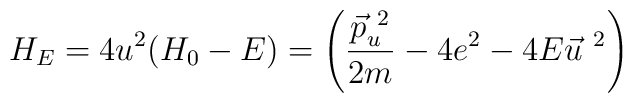
H_E  =  4u^2 (H_0  - E)   = \left(\frac{\vec{p}^{ ~2}_u}{2m}- 4e^2 -           4E \vec{u}^{ ~ 2} \right)